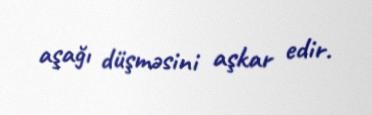
aşağı düşməsini aşkar edir.